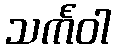
သင်္ကဝါ